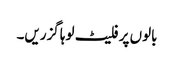
بالوں پر فلیٹ لوہا گزریں۔